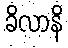
ခိလာနိ